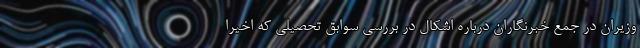
وزیران در جمع خبرنگاران درباره اشکال در بررسی سوابق تحصیلی که اخیرا